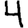
Digit: 4